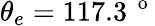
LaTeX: \theta_{e}=117.3\, ^{\mathrm{~o~}}